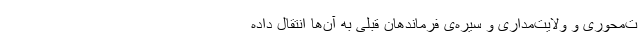
ت‌محوری و ولایت‌مداری و سیره‌ی فرماندهان قبلی به آن‌ها انتقال داده